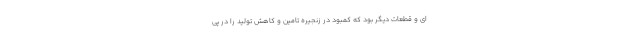
ای و قطعات دیگر بود که کمبود در زنجیره تامین و کاهش تولید را در پی